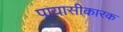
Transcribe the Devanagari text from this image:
पायासीकारक